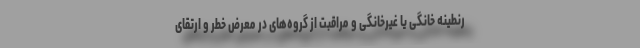
رنطینه خانگی یا غیرخانگی و مراقبت از گروه‌های در معرض خطر و ارتقای